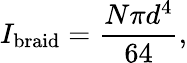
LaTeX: I_{\mathrm{braid}}=\frac{N\pi d^{4}}{64},